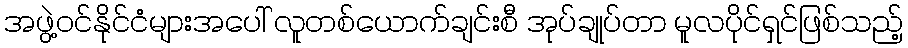
အဖွဲ့ဝင်နိုင်ငံများအပေါ် လူတစ်ယောက်ချင်းစီ အုပ်ချုပ်တာ မူလပိုင်ရှင်ဖြစ်သည့်